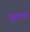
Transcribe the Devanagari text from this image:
कुरवली